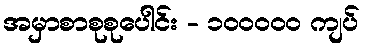
အမှာစာစုစုပေါင်း - ၁၀၀၀၀၀ ကျပ်